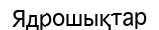
Ядрошықтар